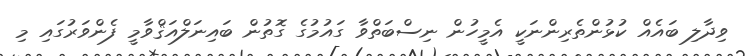
ވިދާލި ބައެއް ކުޅުންތެރިންނަކީ އެމީހުން ނިސްބަތްވާ ގައުމުގެ ގޮތުން ބައިނަލްއަޤްވާމީ ފެންވަރުގައި މި